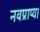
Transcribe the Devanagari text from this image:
नवप्राप्य।